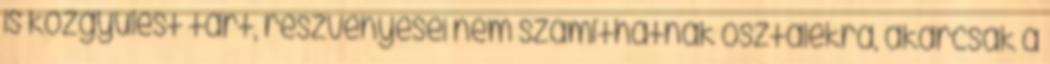
is közgyűlést tart, részvényesei nem számíthatnak osztalékra, akárcsak a